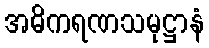
အဓိကရဏသမုဋ္ဌာနံ